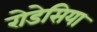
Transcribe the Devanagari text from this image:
रोडेसिया